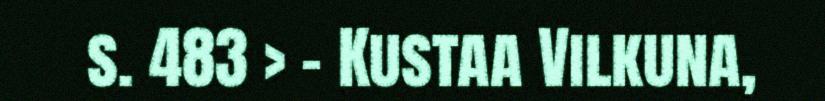
s. 483 > – Kustaa Vilkuna,